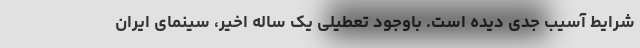
شرایط آسیب جدی دیده است. باوجود تعطیلی یک ساله اخیر، سینمای ایران